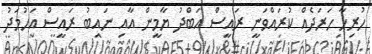
ހުރިހާ ހަރަދެއް ކުރައްވަނީ ރައީސް އަބްދު ޔާމީން އާއި ނައިބު ރައީސް އަހުމަދު